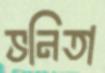
ভনিতা